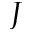
J